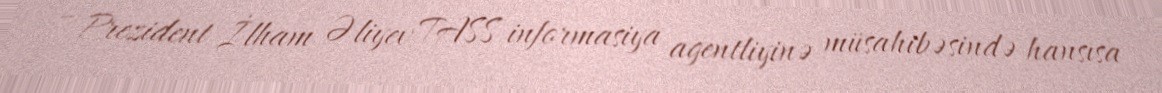
– Prezident İlham Əliyev TASS informasiya agentliyinə müsahibəsində hansısa